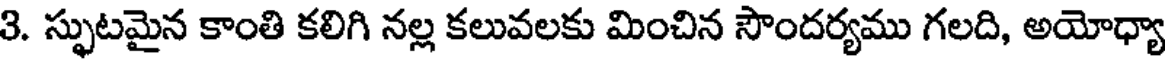
3. స్ఫుటమైన కాంతి కలిగి నల్ల కలువలకు మించిన సౌందర్యము గలది, అయోధ్యా